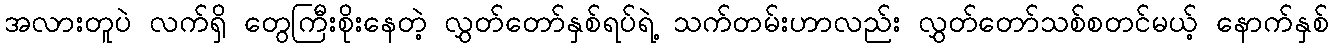
အလားတူပဲ လက်ရှိ တွေကြီးစိုးနေတဲ့ လွှတ်တော်နှစ်ရပ်ရဲ့ သက်တမ်းဟာလည်း လွှတ်တော်သစ်စတင်မယ့် နောက်နှစ်